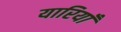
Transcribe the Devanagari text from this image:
यारियाँ